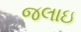
જલાઇ